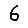
Digit: 6